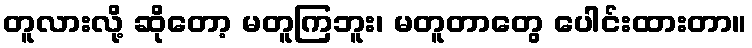
တူလားလို့ ဆိုတော့ မတူကြဘူး၊ မတူတာတွေ ပေါင်းထားတာ။